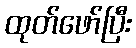
ထုတ်ဖော်ပြီး